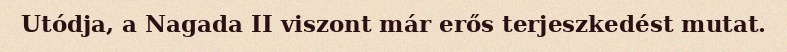
Utódja, a Nagada II viszont már erős terjeszkedést mutat.